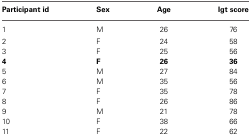
| Participant id | Sex | Age | Igt score |
 | --- | --- | --- | --- |
 | 1 | M | 26 | 76 |
 | 2 | F | 24 | 58 |
 | 3 | F | 25 | 56 |
 | 4 | F | 26 | 36 |
 | 5 | M | 27 | 84 |
 | 6 | M | 35 | 56 |
 | 7 | F | 35 | 78 |
 | 8 | F | 26 | 86 |
 | 9 | M | 21 | 78 |
 | 10 | F | 38 | 66 |
 | 11 | F | 22 | 62 |